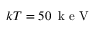
k T = 5 0 \, \mathrm { ~ k ~ e ~ V ~ }